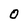
Character: O